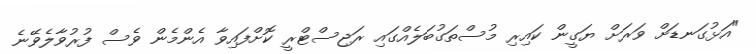
"އަޅުގަނޑަށް ވަރަށް ޔަގީން ކައިރި މުސްތަގުބަލެއްގައި ރަޖިސްޓްރީ ކޮށްފައިވާ އެންމެން ވެސް ފުރުވާލެވޭނެ